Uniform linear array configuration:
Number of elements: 16
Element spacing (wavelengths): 1
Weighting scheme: uniform
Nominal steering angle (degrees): -45
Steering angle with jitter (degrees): -45.567
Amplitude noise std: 0.05
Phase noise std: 0.05

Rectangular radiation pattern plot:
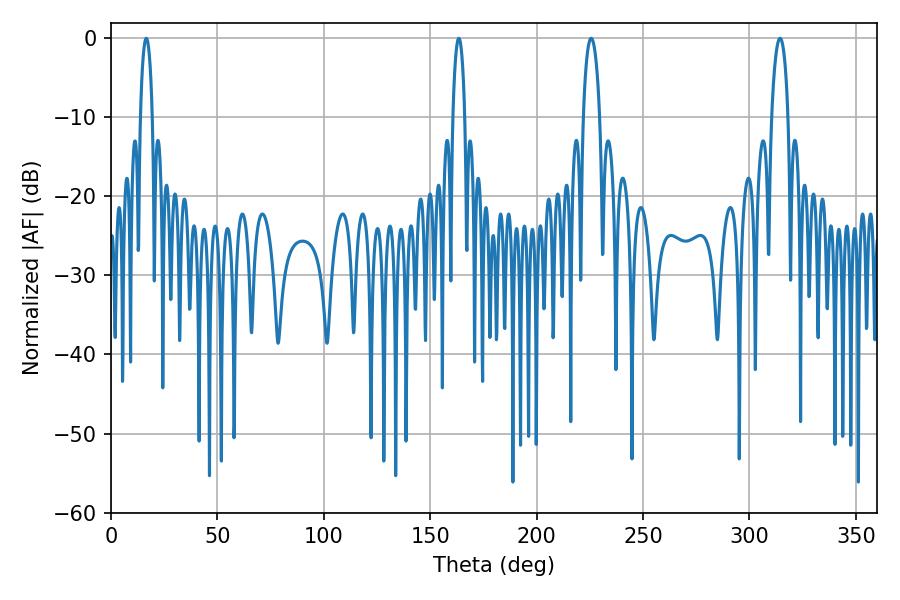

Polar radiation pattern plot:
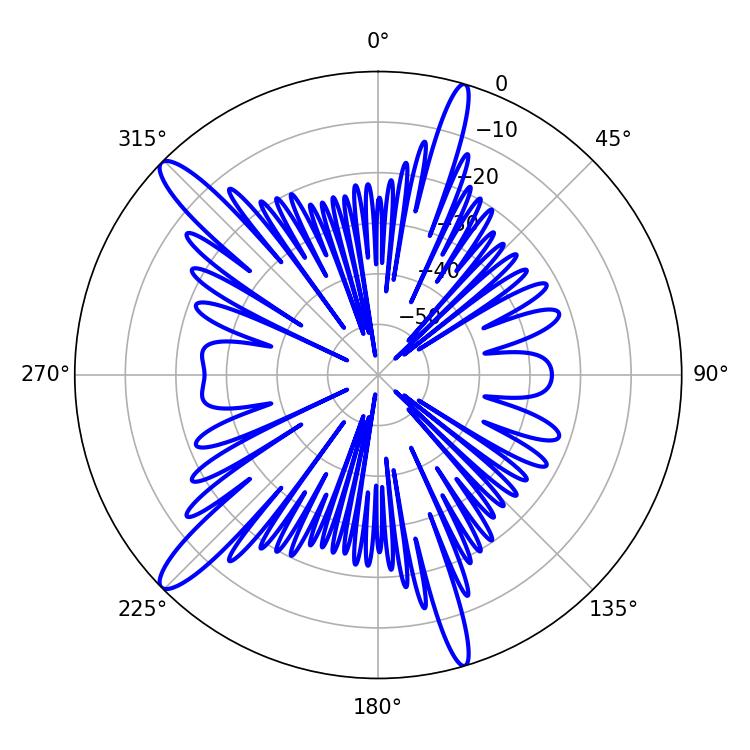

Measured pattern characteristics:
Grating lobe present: TRUE
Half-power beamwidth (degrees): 3.24
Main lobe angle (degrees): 16.56